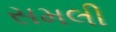
સમલી